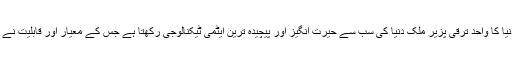
اللہ تعالیٰ کے فضل و کرم اور رسول اللہ ﷺ کی نظرِ خاص ہے کہ آج پاکستان جیسا دنیا کا واحد ترقی پزیر ملک دنیا کی سب سے حیرت انگیز اور پیچیدہ ترین ایٹمی ٹیکنالوجی رکھتا ہے جس کے معیار اور قابلیت نے ترقی یافتہ اور خود کو سپر پاورز کہنے والے ممالک کو بھی حیرت میں ڈال دیا ہے۔